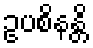
ဥပစိနန္တိ